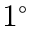
1 ^ { \circ }